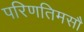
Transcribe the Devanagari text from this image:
परिणतिमसौ